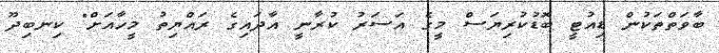
ބާވަތްތަކުން ޑިއުޓީ ބޮޑުކުރިޔަސް މީގެ އަސަރު ކުރާނީ އާދައިގެ ރައްޔިތު މީހާއަށް" ކިނބިދޫ